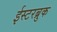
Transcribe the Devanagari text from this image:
ईस्टरब्रुक